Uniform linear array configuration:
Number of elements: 12
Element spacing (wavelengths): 0.5
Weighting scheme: kaiser
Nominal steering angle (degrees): -45
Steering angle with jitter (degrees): -43.212
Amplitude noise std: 0.05
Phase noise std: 0.05

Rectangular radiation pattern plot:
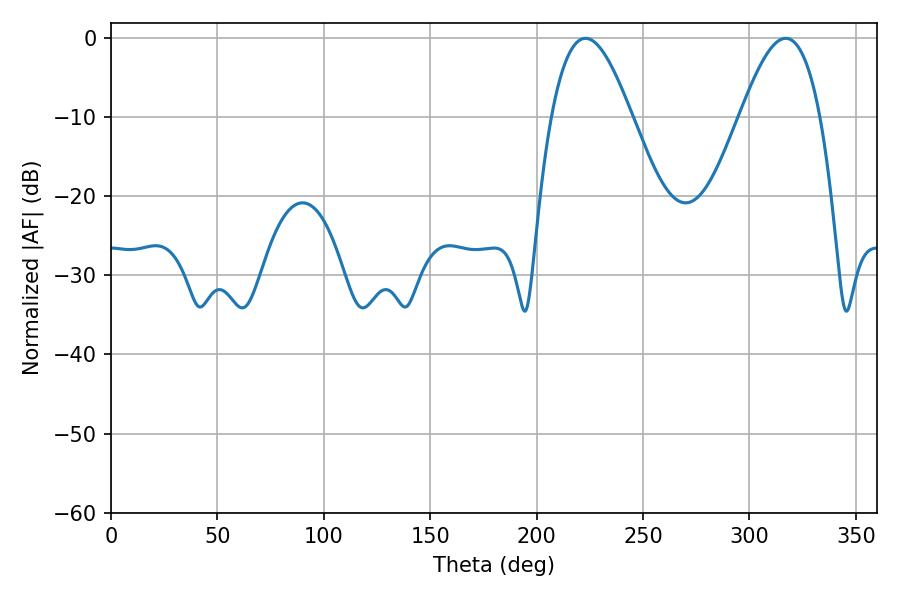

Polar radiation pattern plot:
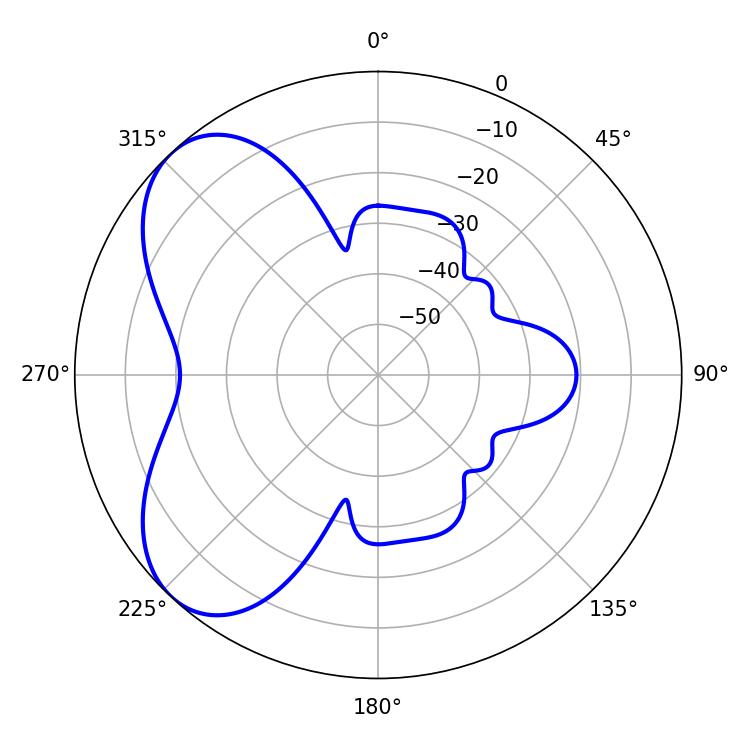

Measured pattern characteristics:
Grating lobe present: FALSE
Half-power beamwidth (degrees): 20.34
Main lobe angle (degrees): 223.02